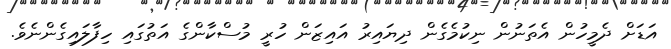
އަޑަށް ދެމީހުން އެތަނުން ނިކުމެގެން ދިޔައިރު އައިޒަން ހުރީ މުސްކާންގެ އަތުގައި ހިފާލައިގެންނެވެ.